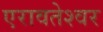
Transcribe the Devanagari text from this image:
एरावतेश्वर